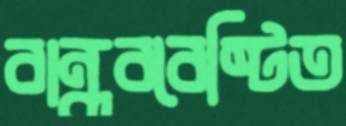
বান্ধববেষ্টিত